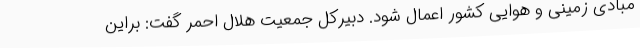
مبادی زمینی و هوایی کشور اعمال شود. دبیرکل جمعیت هلال احمر گفت: براین